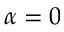
\alpha = 0